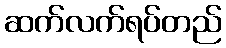
ဆက်လက်ရပ်တည်